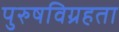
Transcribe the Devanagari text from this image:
पुरुषविग्रहता